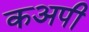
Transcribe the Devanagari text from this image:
कअपी